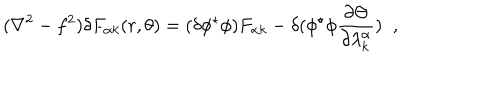
( \nabla ^ { 2 } - f ^ { 2 } ) \delta F _ { \alpha k } ( r , \theta ) = ( \delta \phi ^ { \star } \phi ) F _ { \alpha k } - \delta ( \phi ^ { \star } \phi \frac { \partial \Theta } { \partial \lambda _ { k } ^ { \alpha } } ) \; \; ,